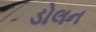
ડોલન